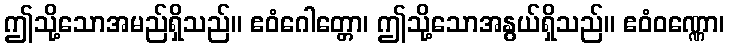
ဤသို့သောအမည်ရှိသည်။ ဧဝံဂေါတ္တော၊ ဤသို့သောအနွယ်ရှိသည်။ ဧဝံဝဏ္ဏော၊